Problem: 32 + 32 = ?
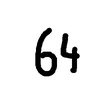
Handwritten answer: 64